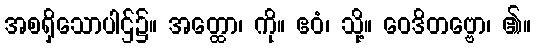
အစရှိသောပါဌ်၌။ အတ္ထော၊ ကို။ ဧဝံ၊ သို့။ ဝေဒိတဗ္ဗော၊ ၏။